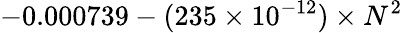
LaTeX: -0.000739-(235\times 10^{-12})\times N^{2}